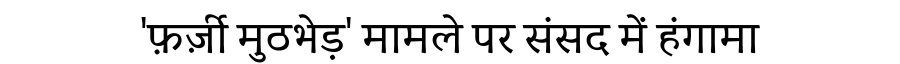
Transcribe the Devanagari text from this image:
'फ़र्ज़ी मुठभेड़' मामले पर संसद में हंगामा